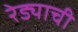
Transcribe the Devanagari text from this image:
रेड्याची